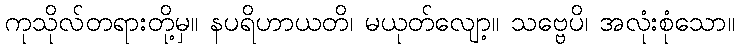
ကုသိုလ်တရားတို့မှ။ နပရိဟာယတိ၊ မယုတ်လျော့။ သဗ္ဗေပိ၊ အလုံးစုံသော။